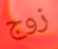
زوج